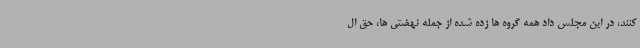
کنند، در این مجلس داد همه گروه ها زده شده از جمله نهضتی ها، حق ال